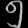
Digit: ၅